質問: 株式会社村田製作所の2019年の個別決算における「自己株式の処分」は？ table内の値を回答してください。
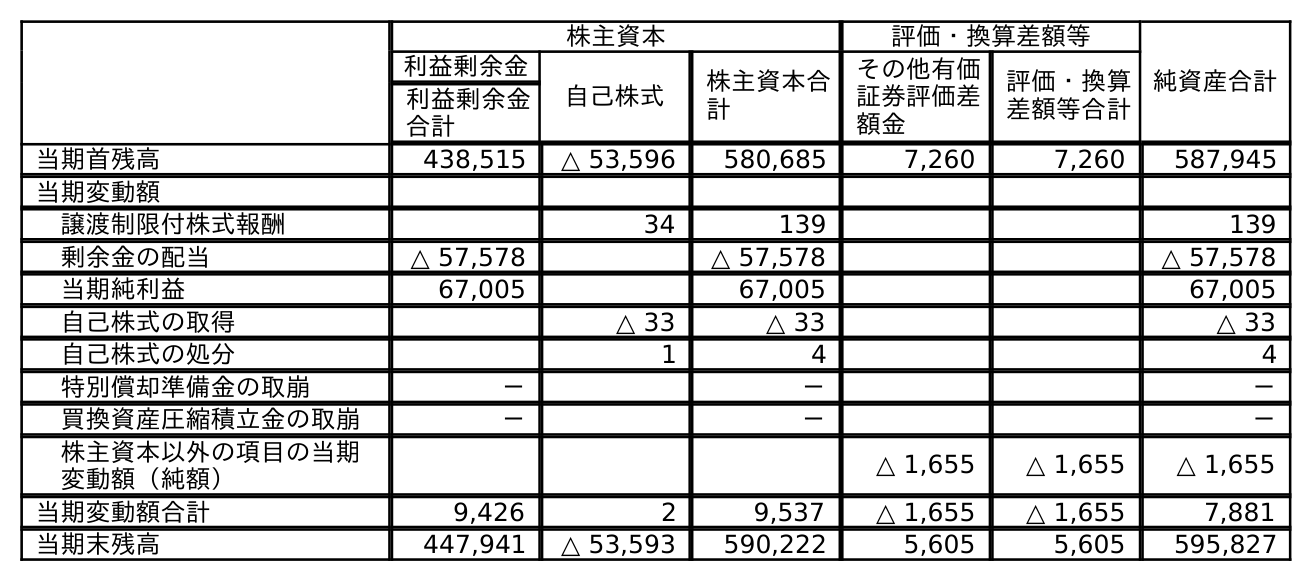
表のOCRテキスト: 株主資本 評価・換算差額等 純資産合計 利益剰余金 自己株式 株主資本合 計 その他有価 証券評価差 額金 評価・換算 差額等合計 利益剰余金 合計 当期首残高 438,515 △ 53,596 580,685 7,260 7,260 587,945 当期変動額 譲渡制限付株式報酬 34 139 139 剰余金の配当 △ 57,578 △ 57,578 △ 57,578 当期純利益 67,005 67,005 67,005 自己株式の取得 △ 33 △ 33 △ 33 自己株式の処分 1 4 4 特別償却準備金の取崩 － － － 買換資産圧縮積立金の取崩 － － － 株主資本以外の項目の当期 変動額（純額） △ 1,655 △ 1,655 △ 1,655 当期変動額合計 9,426 2 9,537 △ 1,655 △ 1,655 7,881 当期末残高 447,941 △ 53,593 590,222 5,605 5,605 595,827
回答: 4